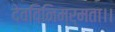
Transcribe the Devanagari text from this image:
देवविनिम्र्मता।।